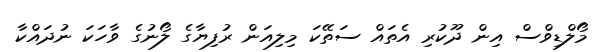
މޯލްޑިވްސް އިން ދޫކުރި އެތައް ސަތޭކަ މިލިއަން ރުފިޔާގެ ލޯނުގެ ވާހަކަ ނުދައްކާ